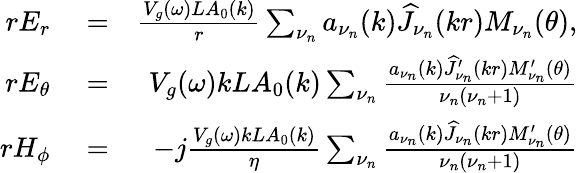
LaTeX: \begin{array}{rlr}{rE_{r}}&{{}=}&{\frac{V_{g}(\omega)LA_{0}(k)}{r}\sum_{\nu_{n}}a_{\nu_{n}}(k)\widehat{J}_{\nu_{n}}(kr)M_{\nu_{n}}(\theta),}\\ {rE_{\theta}}&{{}=}&{V_{g}(\omega)kLA_{0}(k)\sum_{\nu_{n}}\frac{a_{\nu_{n}}(k)\widehat{J}_{\nu_{n}}^{\prime}(kr)M_{\nu_{n}}^{\prime}(\theta)}{\nu_{n}(\nu_{n}+1)}}\\ {rH_{\phi}}&{{}=}&{-j\frac{V_{g}(\omega)kLA_{0}(k)}{\eta}\sum_{\nu_{n}}\frac{a_{\nu_{n}}(k)\widehat{J}_{\nu_{n}}(kr)M_{\nu_{n}}^{\prime}(\theta)}{\nu_{n}(\nu_{n}+1)}}\end{array}